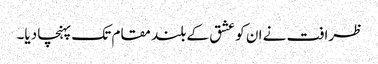
ظرافت نے ان کو عشق کے بلند مقام تک پہنچا دیا۔